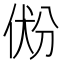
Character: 𰂐